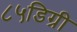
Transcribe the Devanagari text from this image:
८५डिग्री